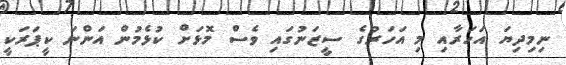
ނިމިދިޔަ އަހަރާއި މި އަހަރުގެ ސީޒަނުގައި ވެސް މޮޅަށް ކުޅެމުން އަންނަ ކީޕަރަކީ